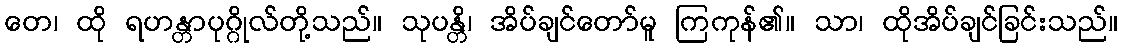
တေ၊ ထို ရဟန္တာပုဂ္ဂိုလ်တို့သည်။ သုပန္တိ၊ အိပ်ချင်တော်မူ ကြကုန်၏။ သာ၊ ထိုအိပ်ချင်ခြင်းသည်။